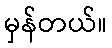
မှန်တယ်။